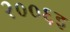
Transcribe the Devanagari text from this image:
२००६इ